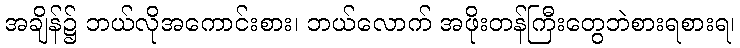
အချိန်၌ ဘယ်လိုအကောင်းစား၊ ဘယ်လောက် အဖိုးတန်ကြီးတွေဘဲစားရစားရ၊